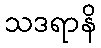
သဒရာနိ